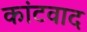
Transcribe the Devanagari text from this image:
कांटवाद